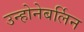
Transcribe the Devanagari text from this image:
उन्होनेबर्लिन